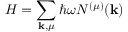
H = \sum _ { \mathbf { k } , \mu } \hbar \omega N ^ { ( \mu ) } ( \mathbf { k } )